Lunatic asylums Central Provinces reports 1910-1926 - 1910-1926
Year: 1910
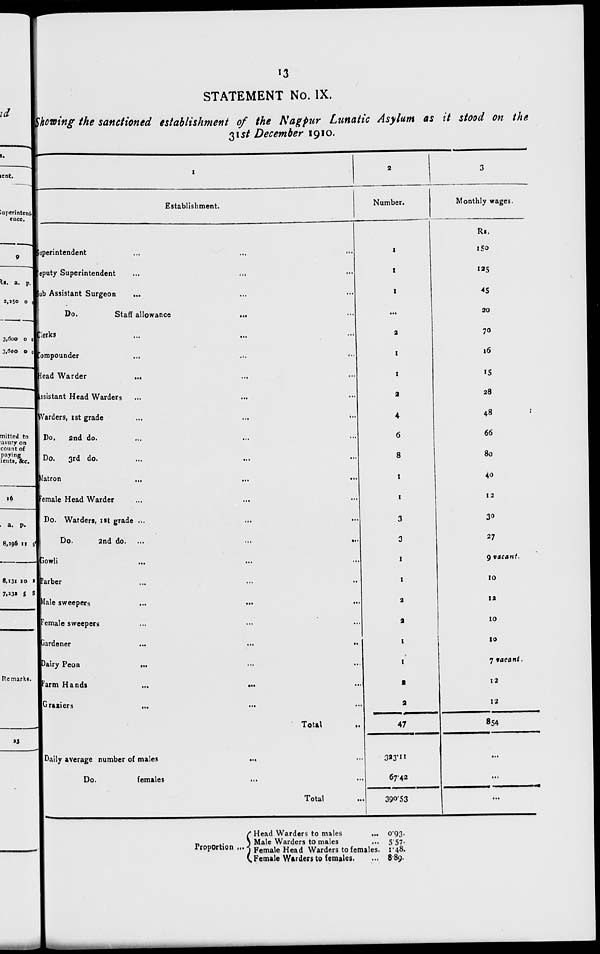
13
STATEMENT No. IX.
Showing the sanctioned establishment of the Nagpur Lunatic Asylum as it stood on the
31st December 1910.
1
Establishment.
Superintendent
...
...
...
Deputy Superintendent ... ...
Sub Assistant Surgeon ... ... ...
Do.
Staff allowance ... ...
Clerks
...
...
...
Compounder
...
...
...
Head Warder ... ... ...
Assistant Head Warders ... ... ...
Warders, 1st grade ... ... ...
Do. 2nd do. ... ... ...
Do.
3rd do. ... ... ...
Matron
...
...
...
Female Head Warder ... ... ...
Do. Warders, 1st grade ... ... ...
Do.
2nd do. ... ... ...
Gowli ... ... ...
Barber ... ... ...
Male sweepers ... ... ...
Female sweepers ... ... ...
Gardener ... ... ...
Dairy Peon ... ... ...
Farm Hands ... ... ...
Graziers ... ... ...
Total ...
Daily average number of males ... ...
Do.
females ... ...
Total
...
2
Number.
1
1
1
...
2
1
1
2
4
6
8
1
1
3
3
1
1
2
2
1
1
2
2
47
323.11
67.42
390.53
3
Monthly wages.
Rs.
150
125
45
20
70
16
15
28
48
66
80
40
12
30
27
9 vacant.
10
12
10
10
7 vacant.
12
12
854
...
...
...
Proportion ...
Head Warders to males ...
Male Warders to males ...
Female Head Warders to females.
Female Warders to females. ...
0.93.
5.57.
1.48.
8.89.